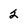
Character: 2